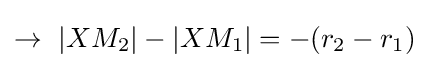
\rightarrow \ |XM_{2}|-|XM_{1}|=-(r_{2}-r_{1})